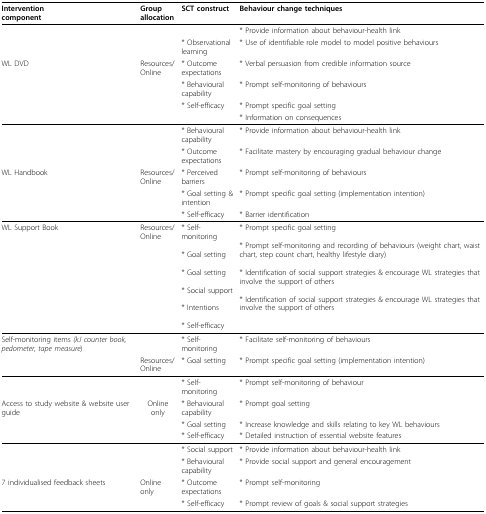
| Interventioncomponent | Groupallocation | SCT construct | Behaviour change techniques |
 | --- | --- | --- | --- |
 |  |  |  | * Provide information about behaviour-health link |
 |  |  | * Observational learning | * Use of identifiable role model to model positive behaviours |
 | WL DVD | Resources/Online | * Outcome expectations | * Verbal persuasion from credible information source |
 |  |  | * Behavioural capability | * Prompt self-monitoring of behaviours |
 |  |  | * Self-efficacy | * Prompt specific goal setting |
 |  |  |  | * Information on consequences |
 |  |  | * Behavioural capability | * Provide information about behaviour-health link |
 |  |  | * Outcome expectations | * Facilitate mastery by encouraging gradual behaviour change |
 | WL Handbook | Resources/Online | * Perceived barriers | * Prompt self-monitoring of behaviours |
 |  |  | * Goal setting & intention | * Prompt specific goal setting (implementation intention) |
 |  |  | * Self-efficacy | * Barrier identification |
 | WL Support Book | Resources/Online | * Self-monitoring* Goal setting* Goal setting* Social support* Intentions* Self-efficacy | * Prompt specific goal setting* Prompt self-monitoring and recording of behaviours (weight chart, waist chart, step count chart, healthy lifestyle diary)* Identification of social support strategies & encourage WL strategies that involve the support of others* Identification of social support strategies & encourage WL strategies that involve the support of others |
 | Self-monitoring items (kJ counter book, pedometer, tape measure) |  | * Self-monitoring | * Facilitate self-monitoring of behaviours |
 |  | Resources/Online | * Goal setting | * Prompt specific goal setting (implementation intention) |
 |  |  | * Self-monitoring | * Prompt self-monitoring of behaviour |
 | Access to study website & website user guide | Online only | * Behavioural capability | * Prompt goal setting |
 |  |  | * Goal setting | * Increase knowledge and skills relating to key WL behaviours |
 |  |  | * Self-efficacy | * Detailed instruction of essential website features |
 |  |  | * Social support | * Provide information about behaviour-health link |
 |  |  | * Behavioural capability | * Provide social support and general encouragement |
 | 7 individualised feedback sheets | Online only | * Outcome expectations | * Prompt self-monitoring |
 |  |  | * Self-efficacy | * Prompt review of goals & social support strategies |